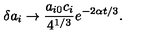
\delta a _ { i } \to \frac { a _ { i 0 } c _ { i } } { 4 ^ { 1 / 3 } } e ^ { - 2 \alpha t / 3 } .